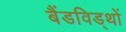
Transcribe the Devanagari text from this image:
बैंडविड्थों